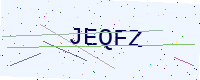
Text: JEQFZ